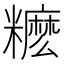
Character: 𥽓